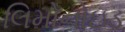
લિમોનોઇડ